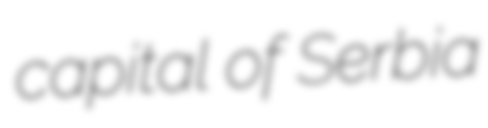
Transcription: capital of Serbia